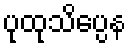
ပုထုသိပ္ပေန